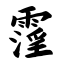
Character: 霪